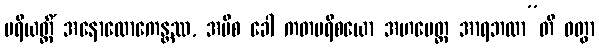
ပရိယတ္တိံ အနောလောကေန္တဿ, အပိစ ခေါ ကတပရိစယော အဟမေတ္ထ အာရဘထာ”တိ ဝတွာ